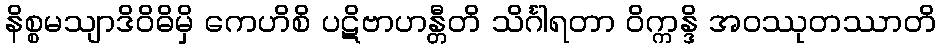
နိစ္စမသျာဒိဝိဓိမှိ ကေဟိစိ ပဋိဗာဟန္တီတိ သိင်္ဂါရတာ ဝိက္ကန္ဒိ အဝဿုတဿာတိ